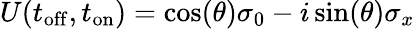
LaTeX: U(t_{\mathrm{off}},t_{\mathrm{on}})=\cos(\theta)\sigma_{0}-i\sin(\theta)\sigma_{x}